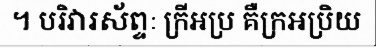
។ បរិវារស័ព្ទៈ ក្រីអប្រ គឺក្រអប្រិយ